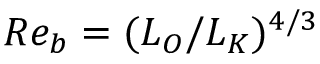
R e _ { b } = ( L _ { O } / L _ { K } ) ^ { 4 / 3 }